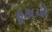
ફૂકાયો